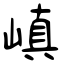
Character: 嵮